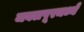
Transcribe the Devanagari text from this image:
जबलपूरमध्ये